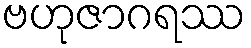
ဗဟုဇာဂရဿ